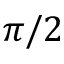
\pi / 2